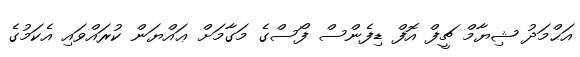
އަޙްމަދު ޝިޔާމް ޗީފް އޮފް ޑިފެންސް ފޯސްގެ މަގާމަށް ޢައްޔަން ކުރައްވައި އެކަމުގެ